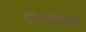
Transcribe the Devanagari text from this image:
झोपडीपर्यंत